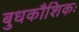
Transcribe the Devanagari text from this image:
बुधकौशिकः